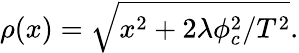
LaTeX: \rho(x)=\sqrt{x^{2}+2\lambda\phi_{c}^{2}/T^{2}}.